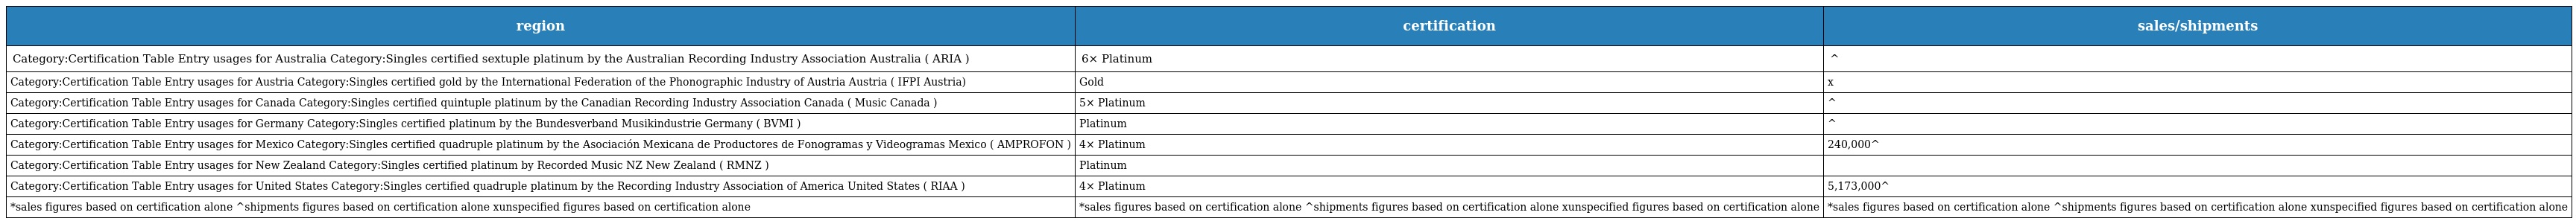
| region | certification | sales/shipments |
 | --- | --- | --- |
 | Category:Certification Table Entry usages for Australia Category:Singles certified sextuple platinum by the Australian Recording Industry Association Australia ( ARIA ) | 6× Platinum | ^ |
 | Category:Certification Table Entry usages for Austria Category:Singles certified gold by the International Federation of the Phonographic Industry of Austria Austria ( IFPI Austria) | Gold | x |
 | Category:Certification Table Entry usages for Canada Category:Singles certified quintuple platinum by the Canadian Recording Industry Association Canada ( Music Canada ) | 5× Platinum | ^ |
 | Category:Certification Table Entry usages for Germany Category:Singles certified platinum by the Bundesverband Musikindustrie Germany ( BVMI ) | Platinum | ^ |
 | Category:Certification Table Entry usages for Mexico Category:Singles certified quadruple platinum by the Asociación Mexicana de Productores de Fonogramas y Videogramas Mexico ( AMPROFON ) | 4× Platinum | 240,000^ |
 | Category:Certification Table Entry usages for New Zealand Category:Singles certified platinum by Recorded Music NZ New Zealand ( RMNZ ) | Platinum |  |
 | Category:Certification Table Entry usages for United States Category:Singles certified quadruple platinum by the Recording Industry Association of America United States ( RIAA ) | 4× Platinum | 5,173,000^ |
 | *sales figures based on certification alone ^shipments figures based on certification alone xunspecified figures based on certification alone | *sales figures based on certification alone ^shipments figures based on certification alone xunspecified figures based on certification alone | *sales figures based on certification alone ^shipments figures based on certification alone xunspecified figures based on certification alone |